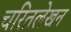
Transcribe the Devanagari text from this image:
चरितलेखन